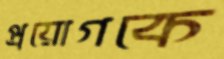
প্রয়োগকে